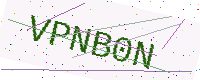
Text: VPNB0N